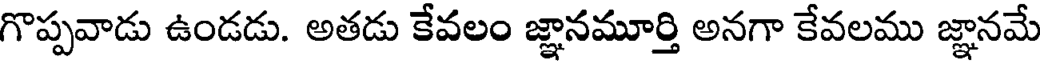
గొప్పవాడు ఉండడు. అతడు కేవలం జ్ఞానమూర్తి అనగా కేవలము జ్ఞానమే